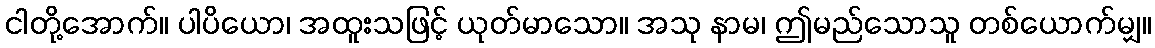
ငါတို့အောက်။ ပါပိယော၊ အထူးသဖြင့် ယုတ်မာသော။ အသု နာမ၊ ဤမည်သောသူ တစ်ယောက်မျှ။